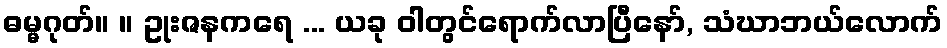
ဓမ္မဂုတ်။ ။ ဥုးဇနကရေ ... ယခု ဝါတွင်ရောက်လာပြီနော်, သံဃာဘယ်လောက်